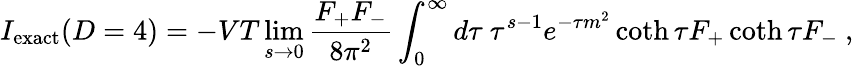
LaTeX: I_{\mathrm{exact}}(D=4)=-VT\operatorname*{lim}_{s\rightarrow 0}{\frac{F_{+}F_{-}}{8\pi^{2}}}\int_{0}^{\infty}d\tau\ \tau^{s-1}e^{-\tau m^{2}}\coth\tau F_{+}\coth\tau F_{-}\ ,